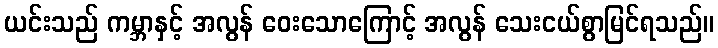
ယင်းသည် ကမ္ဘာနှင့် အလွန် ဝေးသောကြောင့် အလွန် သေးငယ်စွာမြင်ရသည်။